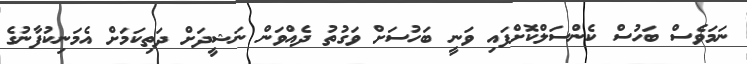
ނަމަވެސް ބަހުސް ކެންސަލްކޮށްފައި ވަނީ ބަހުސަށް ވަގުތު ދެއްވަން ނަޝީދަށް ދަތިކަމަށް އެމަނިކުފާނުގެ